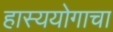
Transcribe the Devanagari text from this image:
हास्ययोगाचा